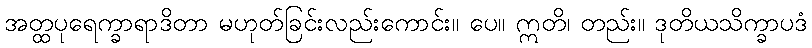
အတ္ထပုရေက္ခာရာဒိတာ မဟုတ်ခြင်းလည်းကောင်း။ ပေ။ ဣတိ၊ တည်း။ ဒုတိယသိက္ခာပဒံ